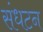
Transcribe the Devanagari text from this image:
संधटन